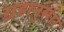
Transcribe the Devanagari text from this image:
ग्रहानुसार